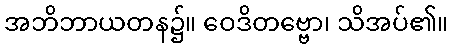
အဘိဘာယတန၌။ ဝေဒိတဗ္ဗော၊ သိအပ်၏။